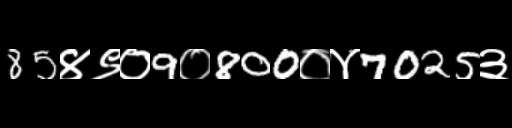
Text: 85४९०9०800०४7025३